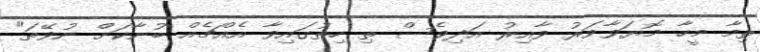
ތިމާ މީހާ މޮޔަވާވަރު ވާއިރު އަދިވެސް ތި ހިތުގައިވާ އެއްޗެއް ބުނާކަށް ނުވޭތަ"